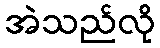
အဲသည်လို